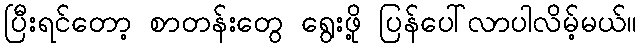
ပြီးရင်တော့ စာတန်းတွေ ရွေးဖို့ ပြန်ပေါ်လာပါလိမ့်မယ်။